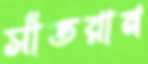
সাঁতরান